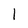
Character: 1